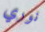
نوري